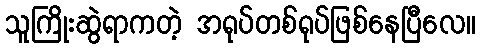
သူကြိုးဆွဲရာကတဲ့ အရုပ်တစ်ရုပ်ဖြစ်နေပြီလေ။